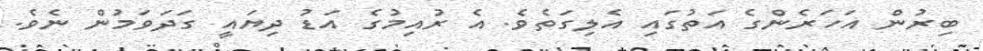
ބިރުން އަހަރެންގެ އަތުގައި އެލިގަތެވެ. އެ ރުއިމުގެ އަޑު ދިޔައީ ގަދަވަމުން ނެވެ.